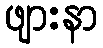
ဖျားနာ